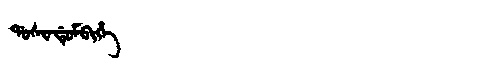
Manchu: ᡩᠣᠰᡳᠨᡩᡠᠮᠪᡳᡥᡝ
Romanization: DOSINDUMBIHE